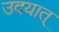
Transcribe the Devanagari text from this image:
उदयात्‌